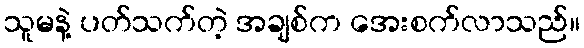
သူမနဲ့ ပတ်သက်တဲ့ အချစ်က အေးစက်လာသည်။